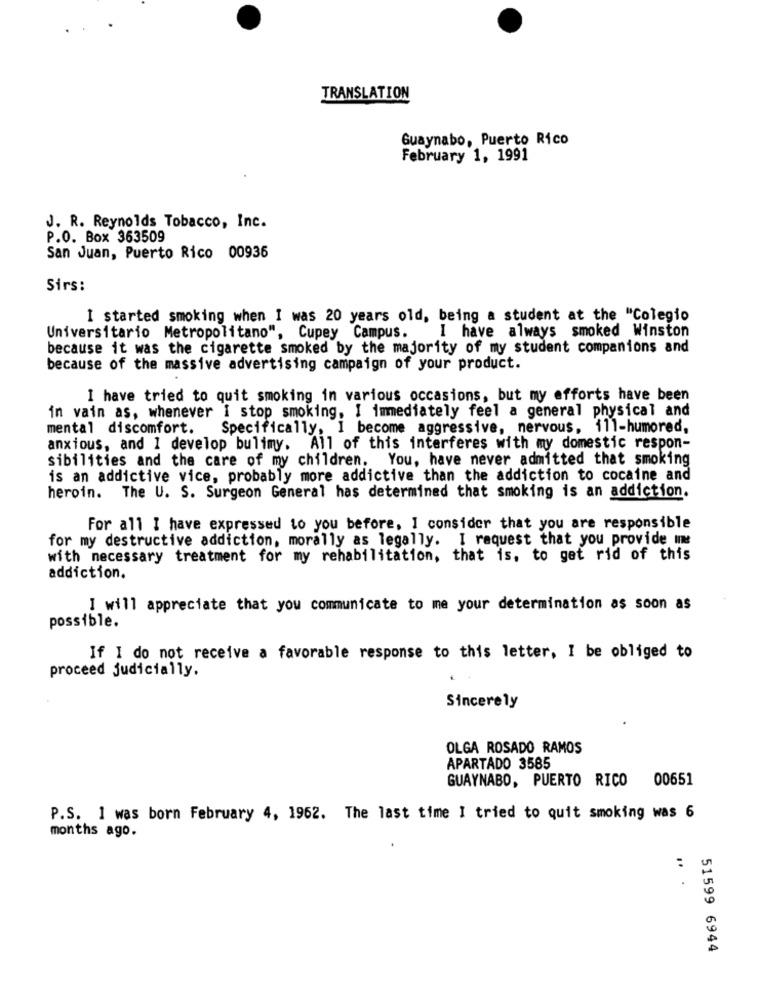
TRANSLATION
Guaynabo, Puerto Rico
February 1, 1991
J. R. Reynolds Tobacco, Inc.
P.O. Box 363509
San Juan, Puerto Rico 00936
Sirs:
I started smoking when I was 20 years old, being a student at the "Colegio
Universitario Metropolitano", Cupey Campus.
I have always smoked Winston
because it was the cigarette smoked by the majority of my student companions and
because of the massive advertising campaign of your product.
I have tried to quit smoking in various occasions, but my efforts have been
in vain as, whenever i stop smoking, I immediately feel a general physical and
mental discomfort.
Specifically, I become aggressive, nervous, 111-humored,
anxious, and 1 develop bulimy. All of this interferes with my domestic respon-
sibilities and the care of my children. You, have never admitted that smoking
is an addictive vice, probably more addictive than the addiction to cocaine and
heroin. The U. S. Surgeon General has determined that smoking is an addiction.
For all I have expressed to you before, I consider that you are responsible
for my destructive addiction, morally as legally. I request that you provide une
with necessary treatment for my rehabilitation, that is, to get rid of this
addiction.
I will appreciate that you communicate to me your determination as soon as
possible.
If I do not receive a favorable response to this letter, I be obliged to
proceed judicially.
Sincerely
OLGA ROSADO RAMOS
APARTADO 3585
GUAYNABO, PUERTO RICO 00651
P.S. I was born February 4, 1962. The last time I tried to quit smoking was 6
months ago.
.. .
51599 6944